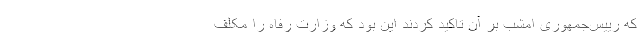
که رییس‌جمهوری امشب بر آن تاکید کردند این بود که وزارت رفاه را مکلف